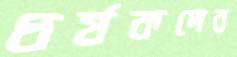
ধর্ষকদের